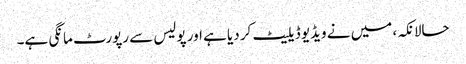
حالانکہ، میں نے ویڈیو ڈیلیٹ کر دیا ہے اور پولیس سے رپورٹ مانگی ہے۔